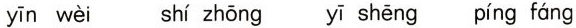
yīn wèi shí zhōng yī shēng píng fáng